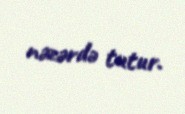
nəzərdə tutur.